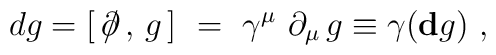
dg=[\,\partial \kern -0.5em /  \,,\,g\,]\,\,=\,\,\gamma ^\mu\,\,\partial _\mu\,g\equiv \gamma ({\bf d}g)\,\,,